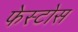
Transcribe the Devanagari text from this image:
फेस्टोस